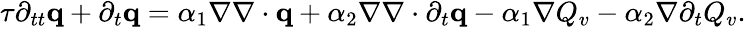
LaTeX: \begin{array}{r}{\tau\partial_{tt}\mathbf q+\partial_{t}\mathbf q=\alpha_{1}\nabla\nabla\cdot\mathbf q+\alpha_{2}\nabla\nabla\cdot\partial_{t}\mathbf q-\alpha_{1}\nabla Q_{v}-\alpha_{2}\nabla\partial_{t}Q_{v}.}\end{array}